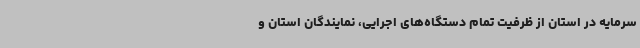
سرمایه در استان از ظرفیت تمام دستگاه‌های اجرایی، نمایندگان استان و